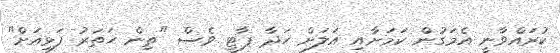
ކުރައްވާނީ އެމަގުން ކަމަށާއި އަލަށް ހަދާ ޕާޓީ ވެސް "ތިން ހަތަރު ފަޅިއަށް"